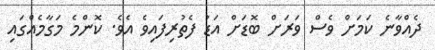
ދެއްވާނެ ކަމަށް ވެސް ވަރަށް ބޮޑަށް އަޑު ފެތުރިފައިވެ އެވެ. ކޮންމެ މަގާމެއްގައި